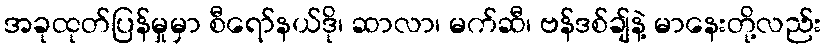
အခုထုတ်ပြန်မှုမှာ စီရော်နယ်ဒို၊ ဆာလာ၊ မက်ဆီ၊ ဗန်ဒစ်ချ်နဲ့ မာနေးတို့လည်း